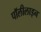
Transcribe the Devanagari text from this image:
पॉलीलाइन